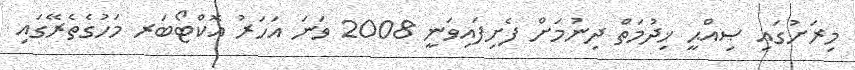
މިރަށުގައި ޞިއްޙީ ޚިދުމަތް ދިނުމަށް ފެށިފައިވަނީ 2008 ވަނަ އަހަރު އޮކްޓޯބަރ މަހުގެތެރޭގައި